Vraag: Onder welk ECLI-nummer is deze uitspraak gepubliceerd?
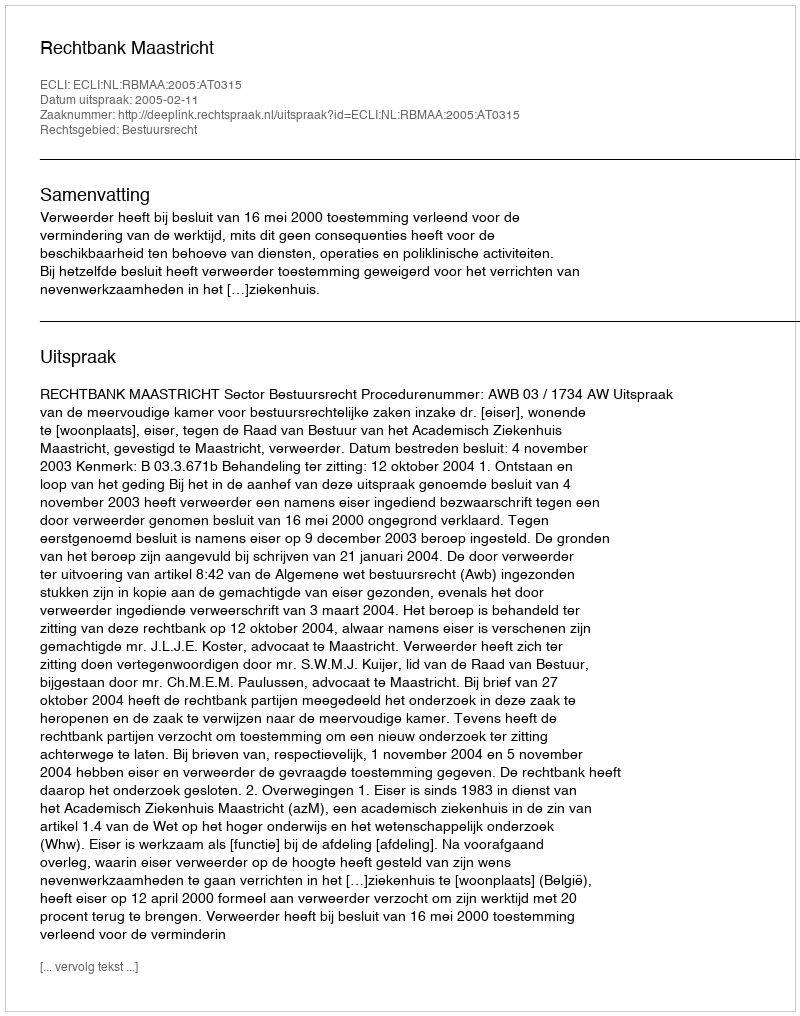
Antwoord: ECLI:NL:RBMAA:2005:AT0315